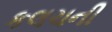
કલચની